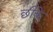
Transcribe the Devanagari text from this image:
छीके